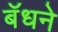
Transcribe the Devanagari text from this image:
बॅधने